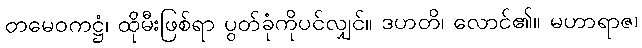
တမေဝကဋ္ဌံ၊ ထိုမီးဖြစ်ရာ ပွတ်ခုံကိုပင်လျှင်။ ဒဟတိ၊ လောင်၏။ မဟာရာဇ၊